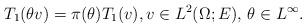
LaTeX: \begin{align*}T_1(\theta v) =\pi(\theta)T_1(v),v\in L^2(\Omega;E),\, \theta\in L^\infty.\end{align*}